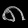
Digit: ၈